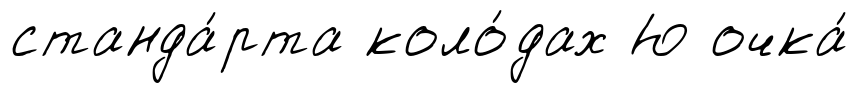
станда́рта коло́дах Ю очка́